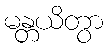
မန္တယိတွာ